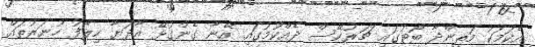
އެކަމަކު މަތިންދާ ބޯޓުގައި ޗަރުކޭސް ދެއްކުމުގައި އޭނާ ގެންގުޅޭ އާދަޔާ ހިލާފު ހުނަރުތައް